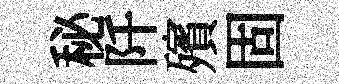
秘阡殯固